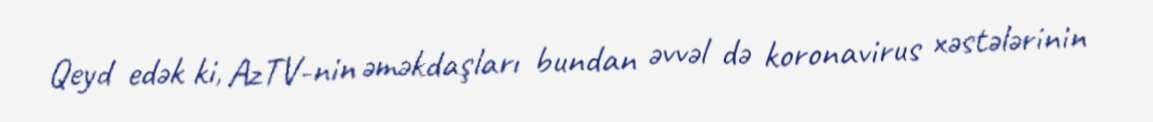
Qeyd edək ki, AzTV-nin əməkdaşları bundan əvvəl də koronavirus xəstələrinin